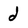
Character: d